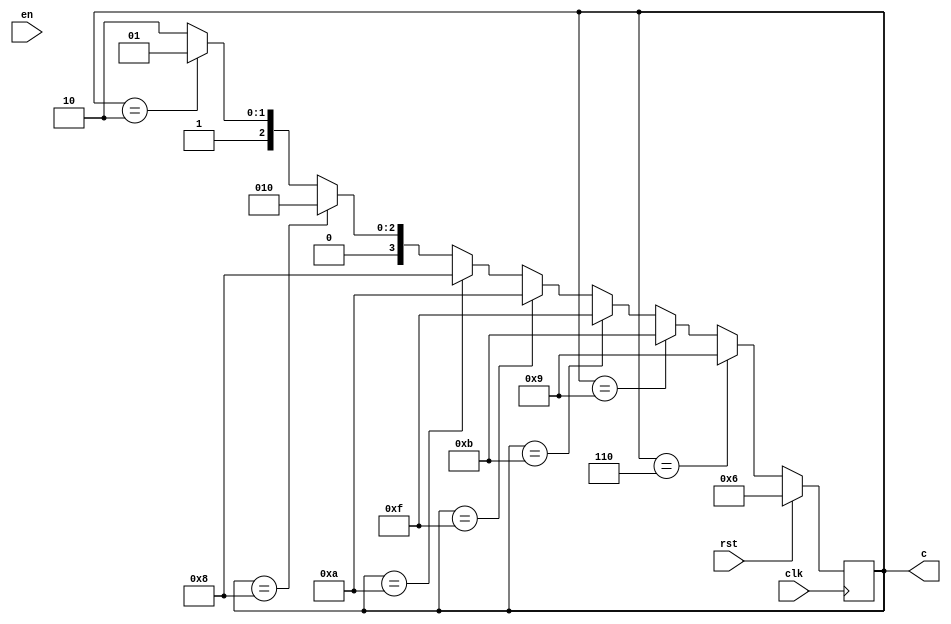
`timescale 1ns / 1ps
//////////////////////////////////////////////////////////////////////////////////
// Company: 
// Engineer: 
// 
// Design Name: 
// Module Name: sequence_design
// Project Name: 
// Target Devices: 
// Tool Versions: 
// Description: 
// 
// Dependencies: 
// 
// Revision:
// Revision 0.01 - File Created
// Additional Comments:
// 
//////////////////////////////////////////////////////////////////////////////////


module sequence_design(input clk,rst,en,output reg[3:0]c);

always@(posedge clk)
begin
    if(rst)
    c<=4'd6;
    else
    begin
        if(c==4'd6)
        c<=4'd9;
        else if(c==4'd9)
        c<=4'd11;
        else if(c==4'd11)
        c<=4'd15;
        else if(c==4'd15)
        c<=4'd10;
        else if(c==4'd10)
        c<=4'd8;
        else if(c==4'd8)
        c<=4'd2;
        else if(c==4'd2)
        c<=4'd5;
        else if(c==4'd5)
        c<=4'd6;
        else
        c<=4'd6;
     end
end        
endmodule